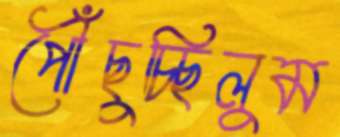
পৌঁছুচ্ছিলুম